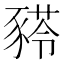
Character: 𰶫